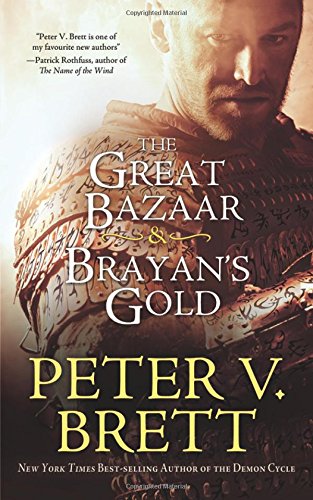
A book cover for The Great Bazaar & Brayan's Gold; Peter V Brett; Science Fiction & Fantasy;